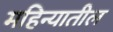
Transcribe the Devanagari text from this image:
महिन्‍यातील